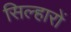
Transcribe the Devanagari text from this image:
सिल्हारों